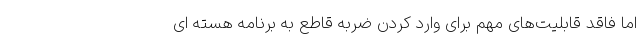
اما فاقد قابلیت‌های مهم برای وارد کردن ضربه قاطع به برنامه هسته ای